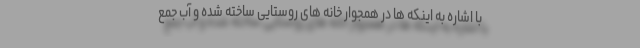
با اشاره به اینکه ها در همجوار خانه های روستایی ساخته شده و آب جمع